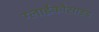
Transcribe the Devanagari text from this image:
ग्लाईकोसाइड